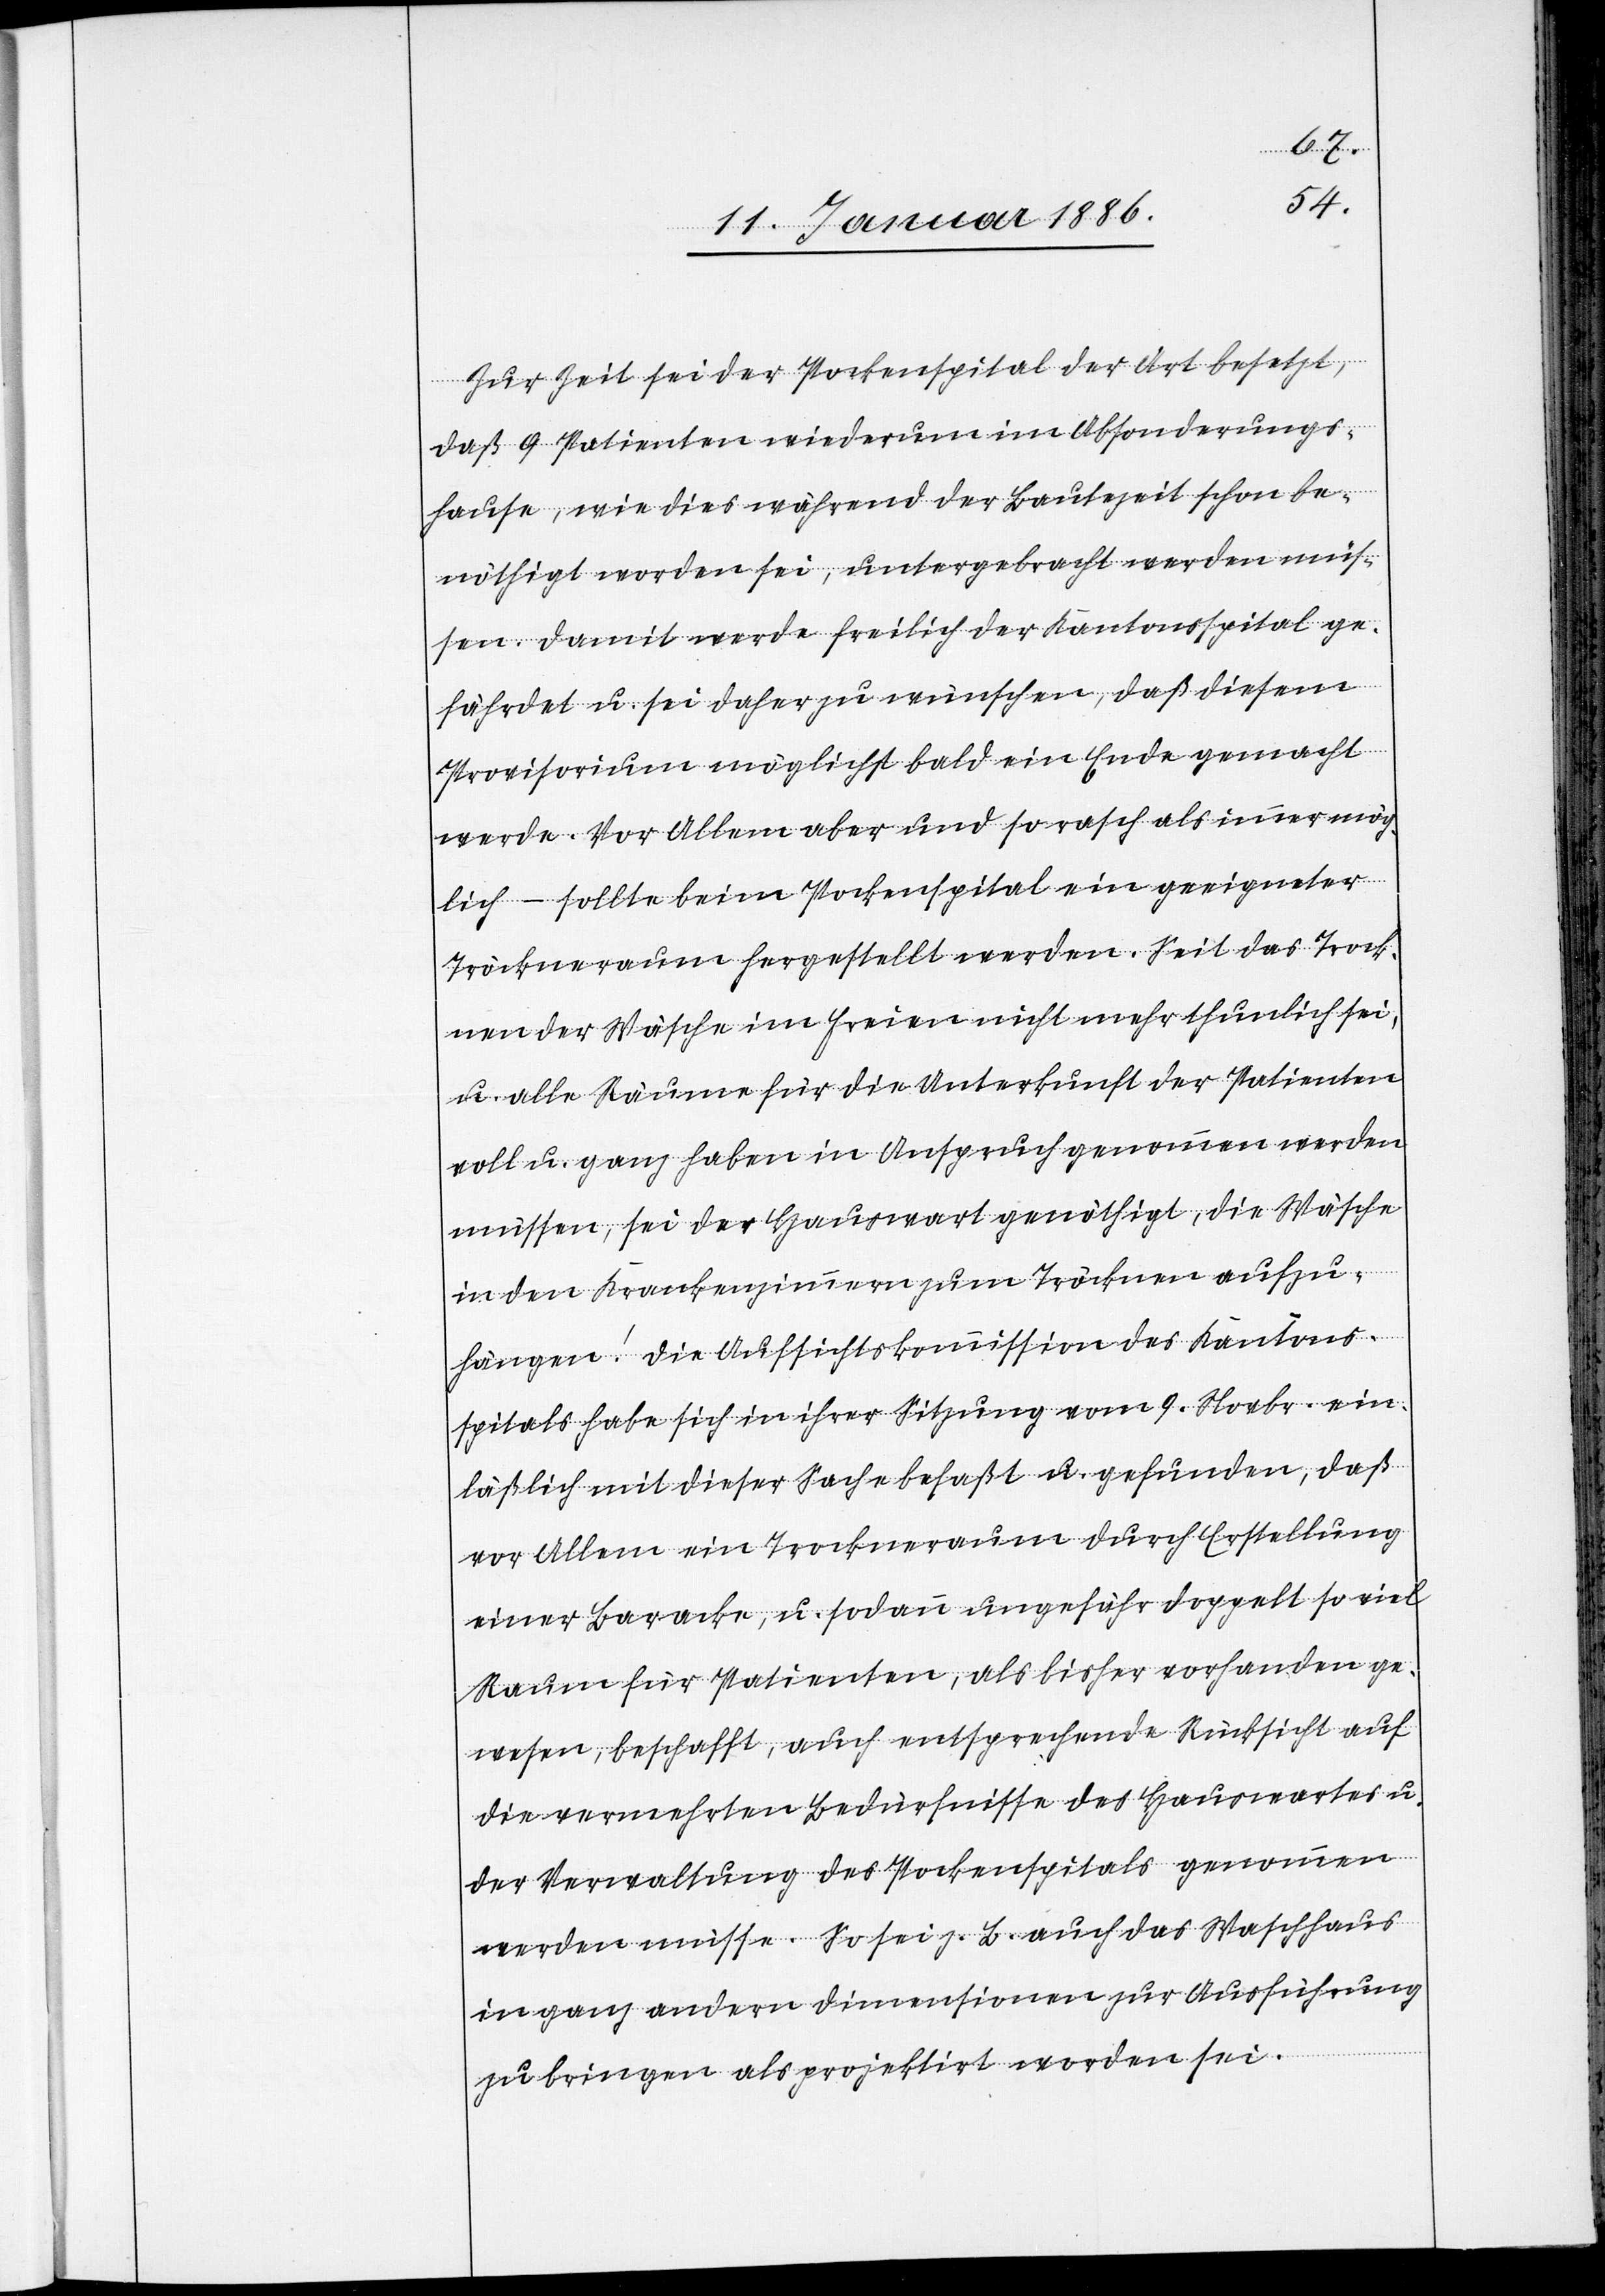
Zur Zeit sei der Pockenspital der Art besetzt,
daß 9 Patienten wiederum im Absonderungs¬
hause, wie dies während der Bautezeit schon be¬
nöthigt worden sei, untergebracht werden müs¬
sen. Damit werde freilich der Kantonsspital ge¬
fährdet u. sei daher zu wünschen, daß diesem
Provisorium möglichst bald ein Ende gemacht
werde. Vor allem aber und so rasch als immer mög¬
lich – sollte beim Pockenspital ein geeigneter
Trockenraum hergestellt werden. Seit das Trock¬
nen der Wäsche im freien nicht mehr thunlichst sei,
u. alle Räume für die Unterkunft der Patienten
voll u. ganz haben in Anspruch genommen werden
müssen, sei der Hauswart genöthigt, die Wäsche
in den Krankenzimmern zum Trocknen aufzu¬
hängen! Die Aufsichtskommission des Kantons¬
spitals habe sich in ihrer Sitzung vom 9. Novbr. ein¬
läßlich mit dieser Sache befaßt u. gefunden, daß
vor allem ein Trockenraum durch Erstellung
einer Baracke, u. sodann ungefähr doppelt so viel
Raum für Patienten, als bisher vorhanden ge¬
wesen, beschafft, auch entsprechende Rücksicht auf
die vermehrte Bedürfnisse des Hauswartes u.
der Verwaltung des Pockenspitals genommen
werden müsse. So sei z. B. auch das Waschhaus
in ganz anderen Dimensionen zur Ausführung
zu bringen als projektirt worden sei.